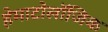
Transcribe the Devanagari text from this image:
हेमाटोलॉजिक